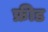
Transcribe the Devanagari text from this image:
फ्रीड